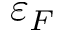
\varepsilon _ { F }